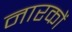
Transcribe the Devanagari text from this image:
नारकों